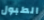
الطبول